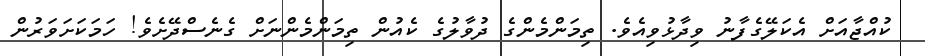
ކުއްޖާއަށް އެކަލޭގެފާނު ވިދާޅުވިއެވެ. ތިމަންމެންގެ ދުވާލުގެ ކެއުން ތިމަންމެންނަށް ގެނެސްދޭށެވެ! ހަމަކަށަވަރުން